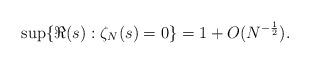
LaTeX: \begin{align*} \sup\{\Re(s):\zeta_N(s)=0\}=1+O(N^{-\frac{1}{2}}).\end{align*}